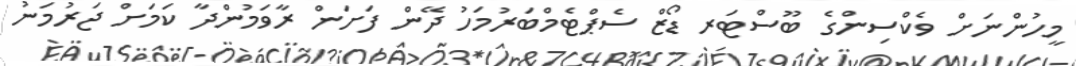
މީހުންނަށް ވެކްސިންގެ ބޫސްޓަރ ޑޯޒް ސެޕްޓެމްބަރުމަހު ދޭން ފަށަން ރާވަމުންދާ ކަމަށް ޖަރުމަނު